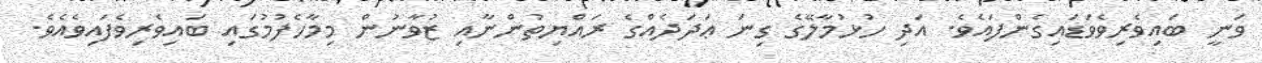
ވަނީ ބައިވެރިވެވަޑައިގެންފައެވެ. އަދި ހުޅުމާލޭގެ ގިނަ ޢަދަދެއްގެ ރައްޔިތުންނާއި ޒުވާނުން މިމާހެފުމުގައި ބައިވެރިވެފައިވެއެވެ.